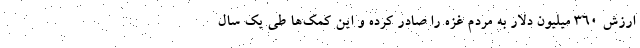
ارزش ۳۶۰ میلیون دلار به مردم غزه را صادر کرده و این کمک‌ها طی یک سال